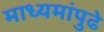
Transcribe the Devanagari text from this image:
माध्यमांपुढे